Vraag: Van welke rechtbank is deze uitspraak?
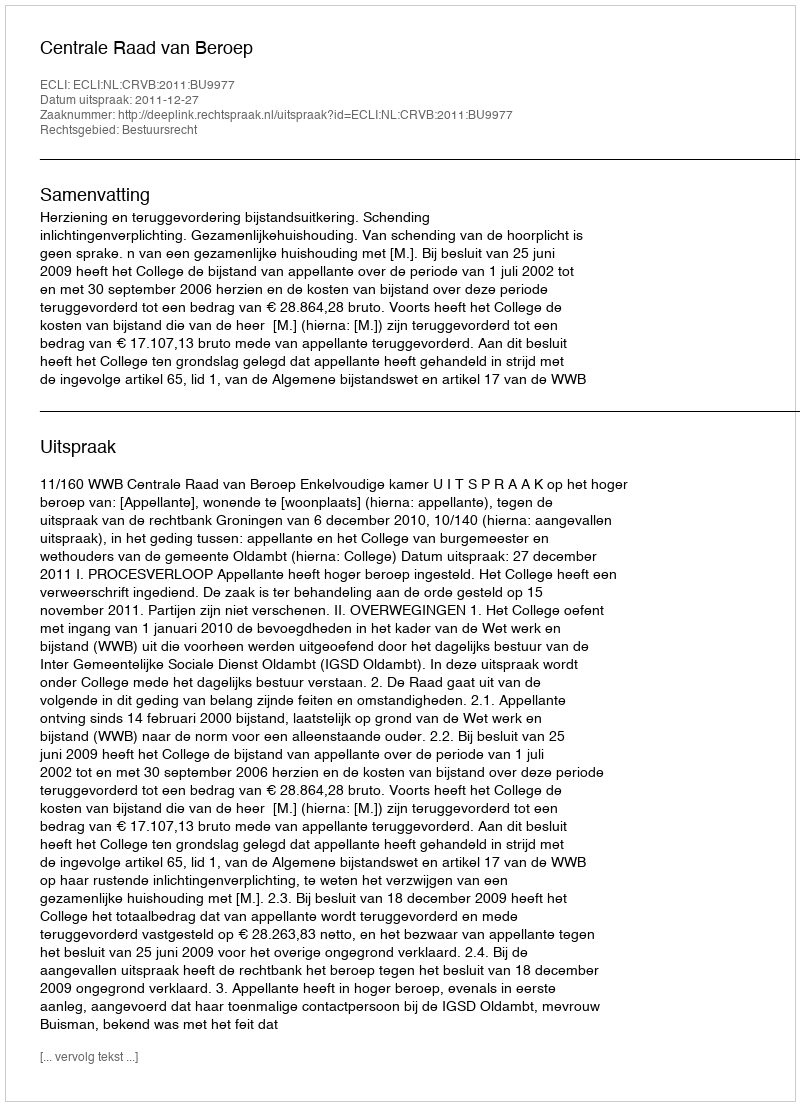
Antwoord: Centrale Raad van Beroep